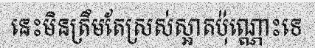
នេះមិនត្រឹមតែស្រស់ស្អាតប៉ុណ្ណោះទេ